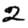
Digit: 2